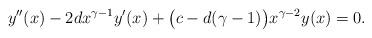
LaTeX: \begin{align*}y''(x)-2dx^{\gamma-1}y'(x)+\bigl(c-d(\gamma-1)\bigr)x^{\gamma-2}y(x) = 0.\end{align*}